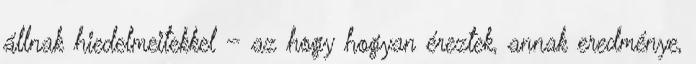
állnak hiedelmeitekkel – az hogy hogyan éreztek, annak eredménye,